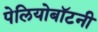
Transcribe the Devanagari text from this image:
पेलियोबॉटनी